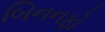
બિનનફો